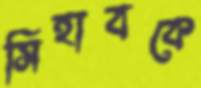
সিহাবকে